Lunatic asylums Madras 1892-1911 - 1892-1911
Year: 1892
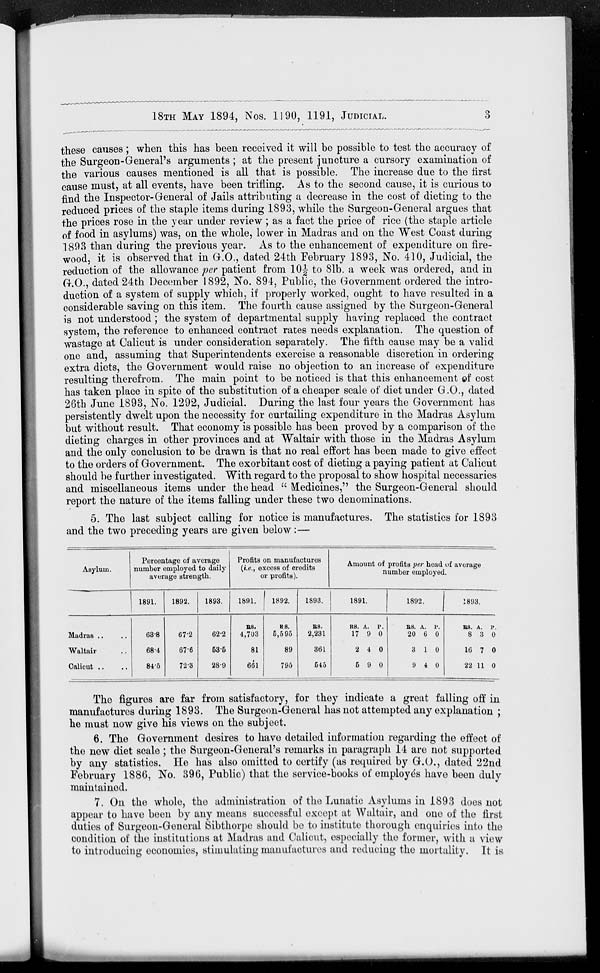
18TH
MAY
1894,
Nos.
1190,
1191,
JUDICIAL.
3
these causes ; when this has been received it will be possible to test the accuracy of
the Surgeon-General's arguments ; at the present juncture a cursory examination of
the various causes mentioned is all that is possible. The increase due to the first
cause must, at all events, have been trifling. As to the second cause, it is curious to
find the Inspector-General of Jails attributing a decrease in the cost of dieting to the
reduced prices of the staple items during 1893, while the Surgeon-General argues that
the prices rose in the year under review ; as a fact the price of rice (the staple article
of food in asylums) was, on the whole, lower in Madras and on the West Coast during
1893 than during the previous year. As to the enhancement of expenditure on fire-
wood, it is observed that in G.O., dated 24th February 1893, No. 410, Judicial, the
reduction of the allowance per patient from 10½ to 81b. a week was ordered, and in
G.O., dated 24th December 1892, No. 894, Public, the Government ordered the intro-
duction of a system of supply which, if properly worked, ought to have resulted in a
considerable saving on this item. The fourth cause assigned by the Surgeon-General
is not understood ; the system of departmental supply having replaced the contract
system, the reference to enhanced contract rates needs explanation. The question of
wastage at Calicut is under consideration separately. The fifth cause may be a valid
one and, assuming that Superintendents exercise a reasonable discretion in ordering
extra diets, the Government would raise no objection to an increase of expenditure
resulting therefrom. The main point to be noticed is that this enhancement of cost
has taken place in spite of the substitution of a cheaper scale of diet under G.O., dated
26th June 1893, No. 1292, Judicial. During the last four years the Government has
persistently dwelt upon the necessity for curtailing expenditure in the Madras Asylum
but without result. That economy is possible has been proved by a comparison of the
dieting charges in other provinces and at Waltair with those in the Madras Asylum
and the only conclusion to be drawn is that no real effort has been made to give effect
to the orders of Government, The exorbitant cost of dieting a paying patient at Calicut
should be further investigated. With regard to the proposal to show hospital necessaries
and miscellaneous items under the head " Medicines," the Surgeon-General should
report the nature of the items falling under these two denominations.
5. The last subject calling for notice is manufactures. The statistics for 1893
and the two preceding years are given below:—
Asylum.
Madras .. ..
Waltair ..
Calicut .. ..
Percentage of average
number employed to daily
average strength.
1891.
63.8
68.4
84.5
1892.
67.2
67.6
72.3
1893.
62.2
53.5
28.9
Profits on manufactures
(i.e., excess of credits
or profits).
1891.
Rs.
4,703
81
661
1892.
Rs.
5,595
89
795
1893.
Rs.
2,231
361
545
Amount of profits per head of average
number employed.
1891.
Rs.
17
2
5
A.
9
4
9
P.
0
0
0
1892.
Rs.
20
3
9
A.
6
1
4
P.
0
0
0
1893.
Rs.
8
16
22
A.
3
7
11
P.
0
0
0
The figures are far from satisfactory, for they indicate a great falling off in
manufactures during 1893. The Surgeon-General has not attempted any explanation ;
he must now give his views on the subject.
6. The Government desires to have detailed information regarding the effect of
the new diet scale ; the Surgeon-General's remarks in paragraph 14 are not supported
by any statistics. He has also omitted to certify (as required by G.O., dated 22nd
February 1886, No. 396, Public) that the service-books of employés have been duly
maintained.
7. On the whole, the administration of the Lunatic Asylums in 1893 does not
appear to have been by any means successful except at Waltair, and one of the first
duties of Surgeon-General Sibthorpe should be to institute thorough enquiries into the
condition of the institutions at Madras and Calicut, especially the former, with a view
to introducing economies, stimulating manufactures and reducing the mortality. It is